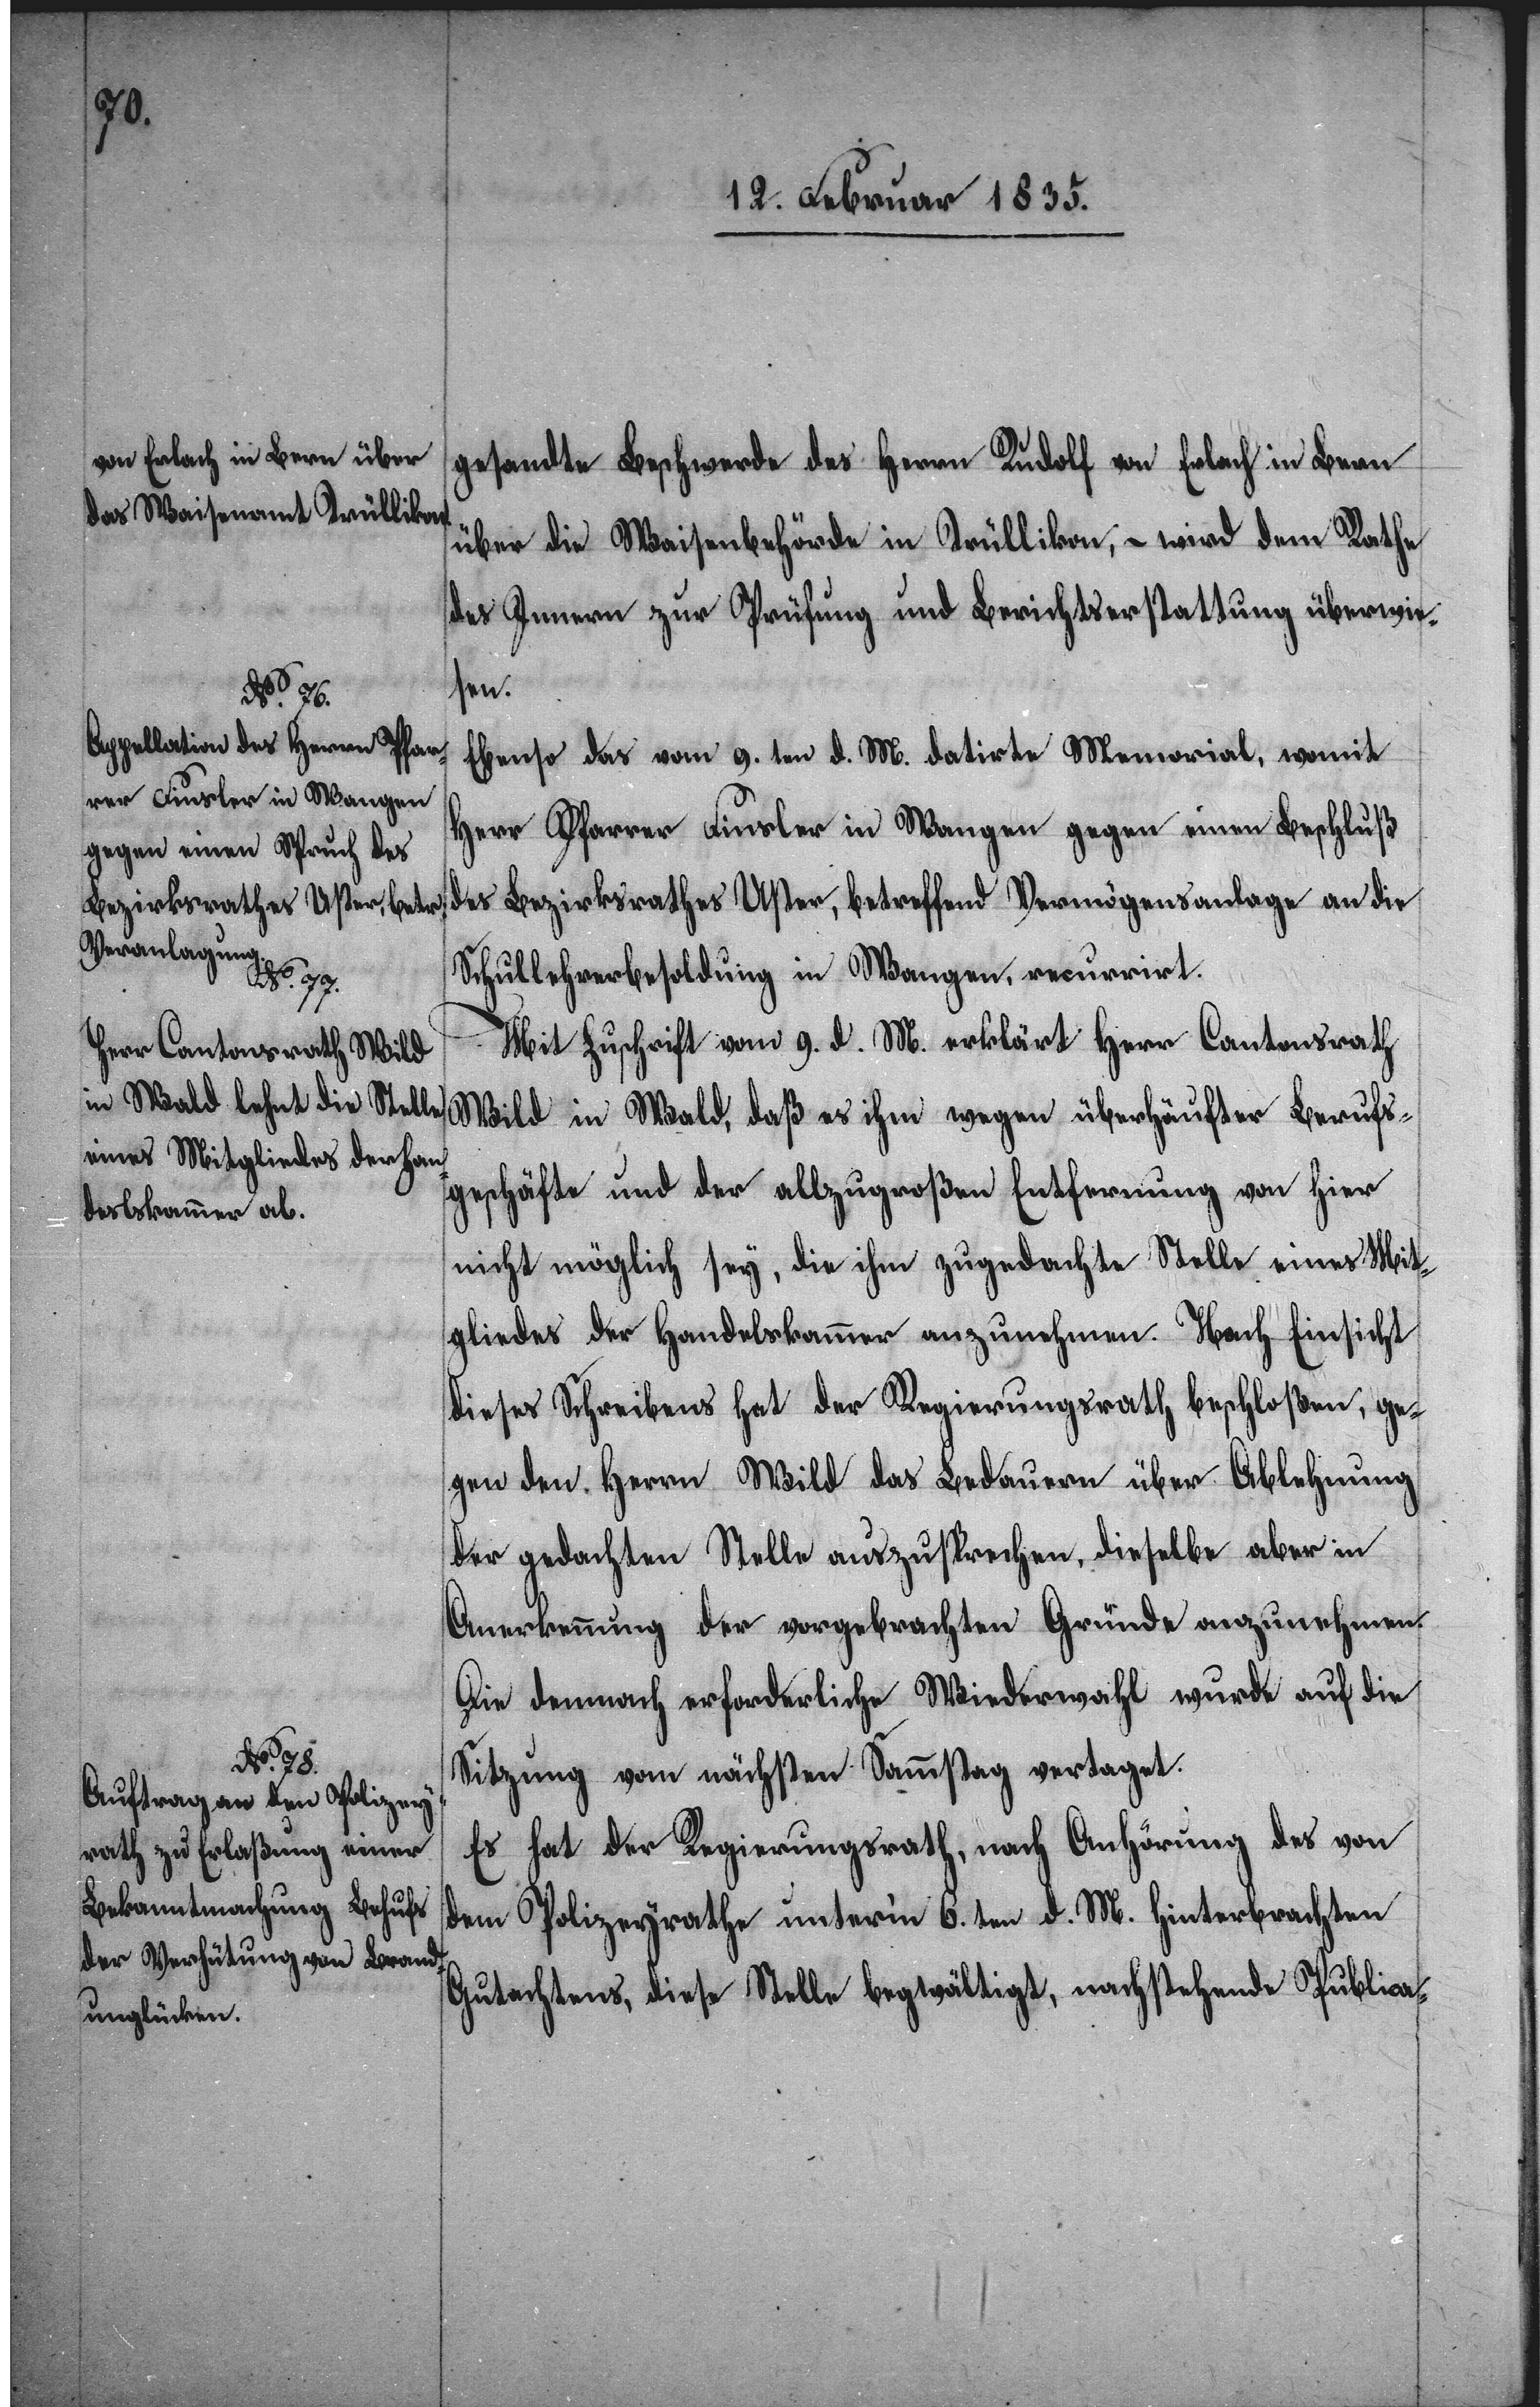
gesandte Beschwerde des Herrn Rudolf von Erlach in Bern
über die Waisenbehörde in Trüllikon, – wird dem Rathe
des Innern zur Prüfung und Berichtserstattung überwie¬
sen.
Ebenso das vom 9. ten d. M. datirte Memorial, womit
Herr Pfarrer Finsler in Wangen gegen einen Beschluß
des Bezirksrathes Uster, betreffend Vermögensanlage an die
Schullehrerbesoldung in Wangen, recurrirt.
Mit Zuschrift vom 9. d. M. erklärt Herr Cantonsrath
Wild in Wald, daß es ihm wegen überhäufter Berufs¬
geschäfte und der allzugroßen Entfernung von hier
nicht möglich sey, die ihm zugedachte Stelle eines Mit¬
gliedes der Handelskammer anzunehmen. Nach Einsicht
dieses Schreibens hat der Regierungsrath beschloßen, ge¬
gen den Herrn Wild das Bedauern über Ablehnung
der gedachten Stelle auszusprechen, dieselbe aber in
Anerkennung der vorgebrachten Gründe anzunehmen.
Die demnach erforderliche Wiederwahl wurde auf die
Sitzung vom nächsten Sammstag vertaget.
Es hat der Regierungsrath, nach Anhörung des von
dem Polizeyrathe unterm 6. ten d. M. hinterbrachten
Gutachtens, diese Stelle begwältigt, nachstehende Publica-